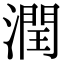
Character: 潤